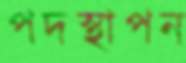
পদস্থাপন